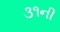
૩૧ની